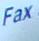
fax